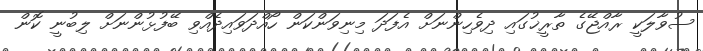
ސުވާލަކީ ރާއްޖޭގެ ތާރީޚުގައި ދިވެހިންނަށް އެފަދަ މިނިވަންކަން ހޯއްދަވައިދެއްވި ބޭފުޅުންނަށް ލިބުނީ ކޮން